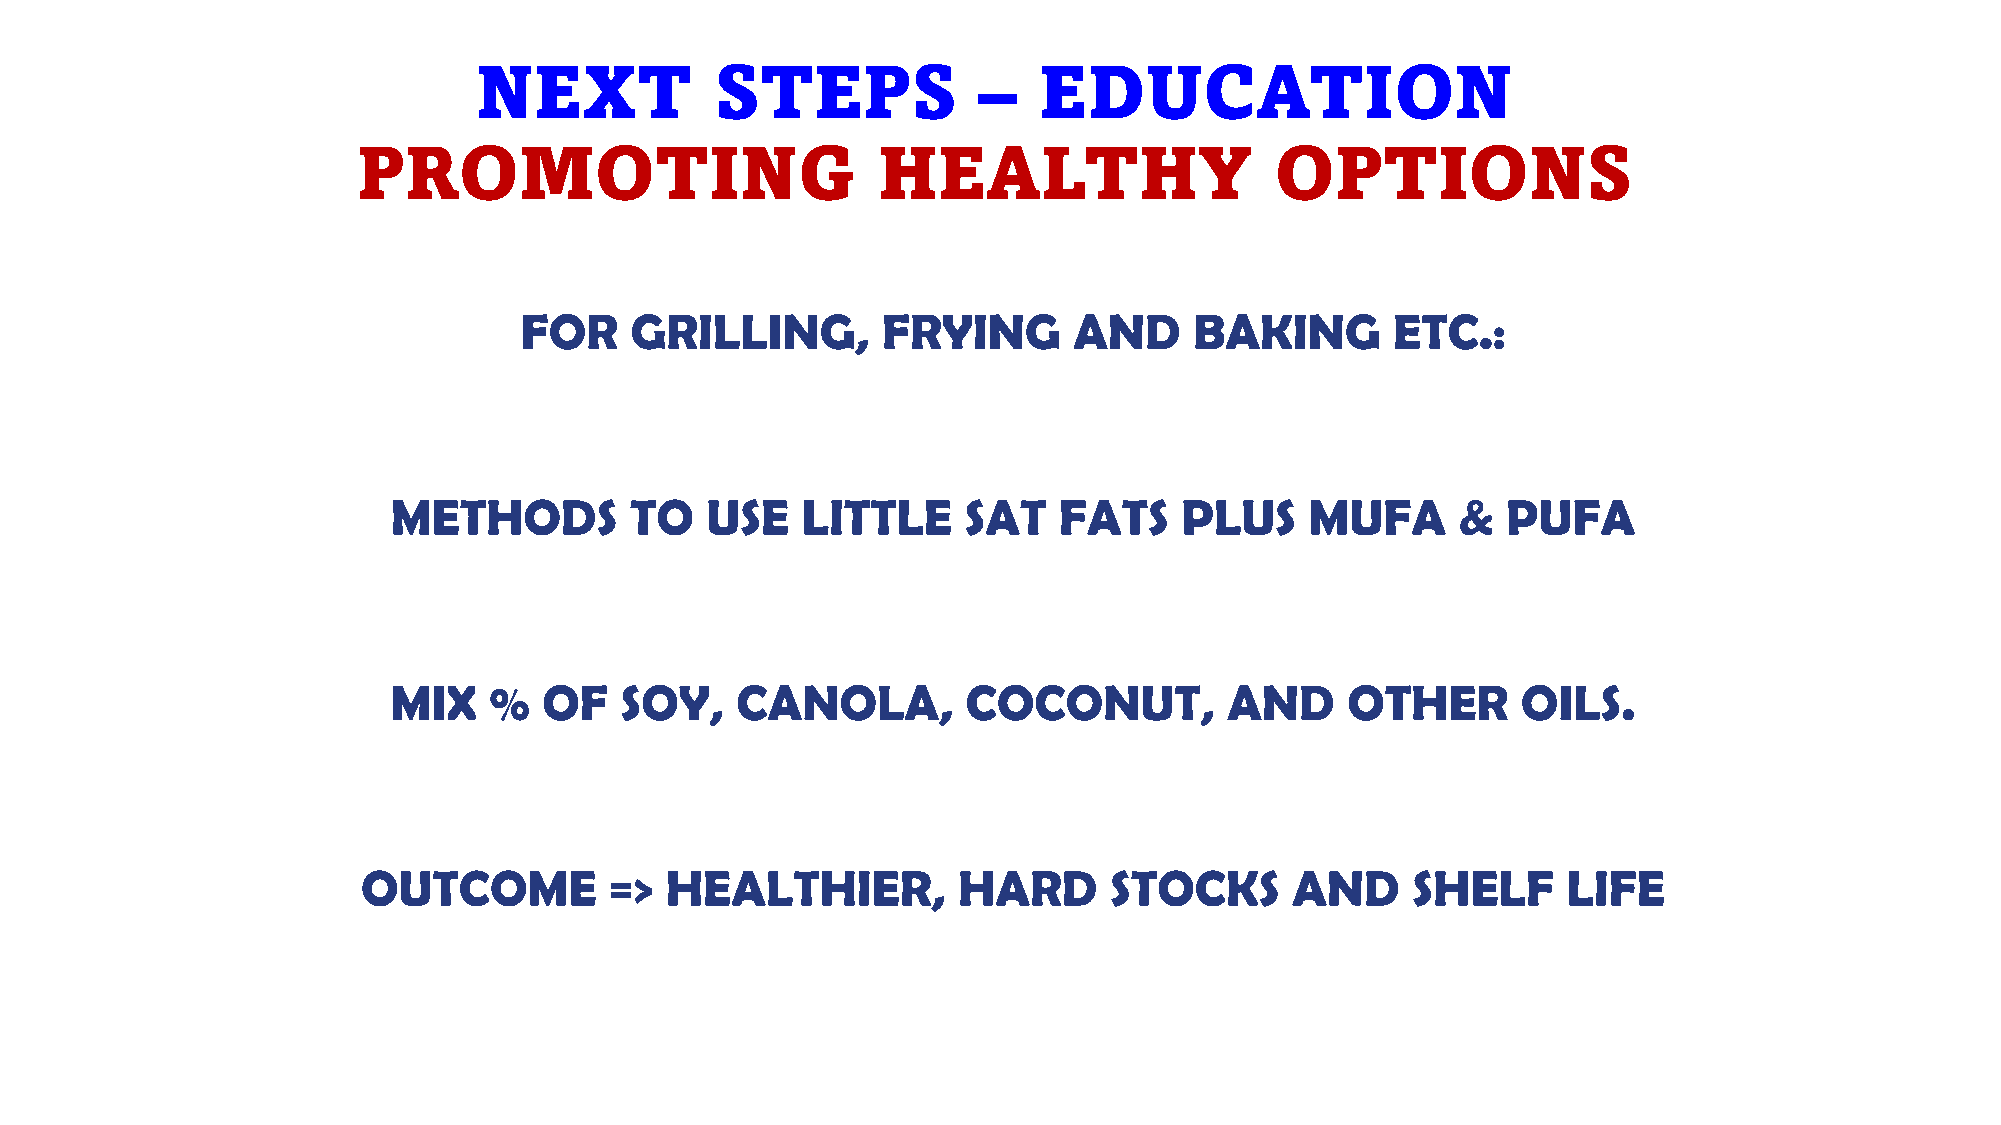
NEXT           STEPS             –   EDUCATION
 PROMOTING                         HEALTHY                   OPTIONS
 FOR     GRILLING,       FRYING       AND     BAKING       ETC.:
 METHODS         TO   USE   LITTLE     SAT   FATS    PLUS     MUFA      &  PUFA
 MIX   %   OF   SOY,    CANOLA,        COCONUT,         AND     OTHER       OILS.
 OUTCOME         =>  HEALTHIER,         HARD      STOCKS       AND    SHELF      LIFE